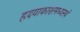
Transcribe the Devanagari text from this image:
हृदयाकाशमध्यस्थं